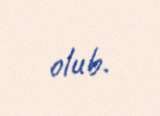
olub.